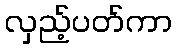
လှည့်ပတ်ကာ